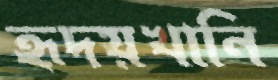
হৃদয়খানি